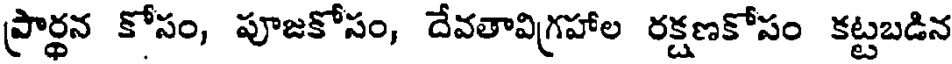
ప్రార్ధన కోసం, పూజకోసం, దేవతావిగ్రహాల రక్షణకోసం కట్టబడిన